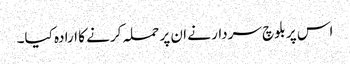
اس پر بلوچ سردار نے ان پر حملہ کرنے کا ارادہ کیا۔